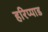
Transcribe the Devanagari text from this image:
हरिप्पाड